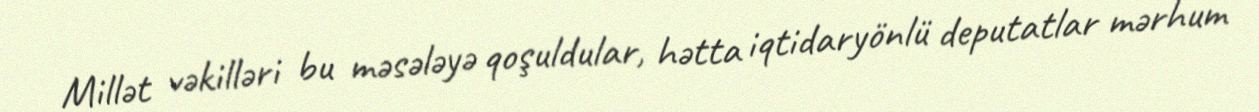
Millət vəkilləri bu məsələyə qoşuldular, hətta iqtidaryönlü deputatlar mərhum